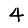
Digit: 4